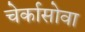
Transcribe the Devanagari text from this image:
चेर्कासोवा